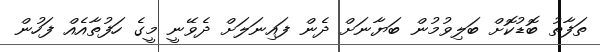
ތަފާތު ބޮޑުކޮށް ބަލިވުމުން ބަޔާނަށް ދެން ފައިނަލަށް ދެވޭނީ މީގެ ހަފުތާއެއް ފަހުން